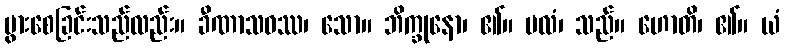
ပွားစေခြင်းသည်လည်း။ ခီဏာသဝဿ၊ သော။ ဘိက္ခုနော၊ ၏။ ဗလံ၊ သည်။ ဟောတိ၊ ၏။ ယံ